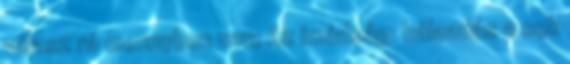
válasz rá mennyben van; Az imádság: hálaadás a sok